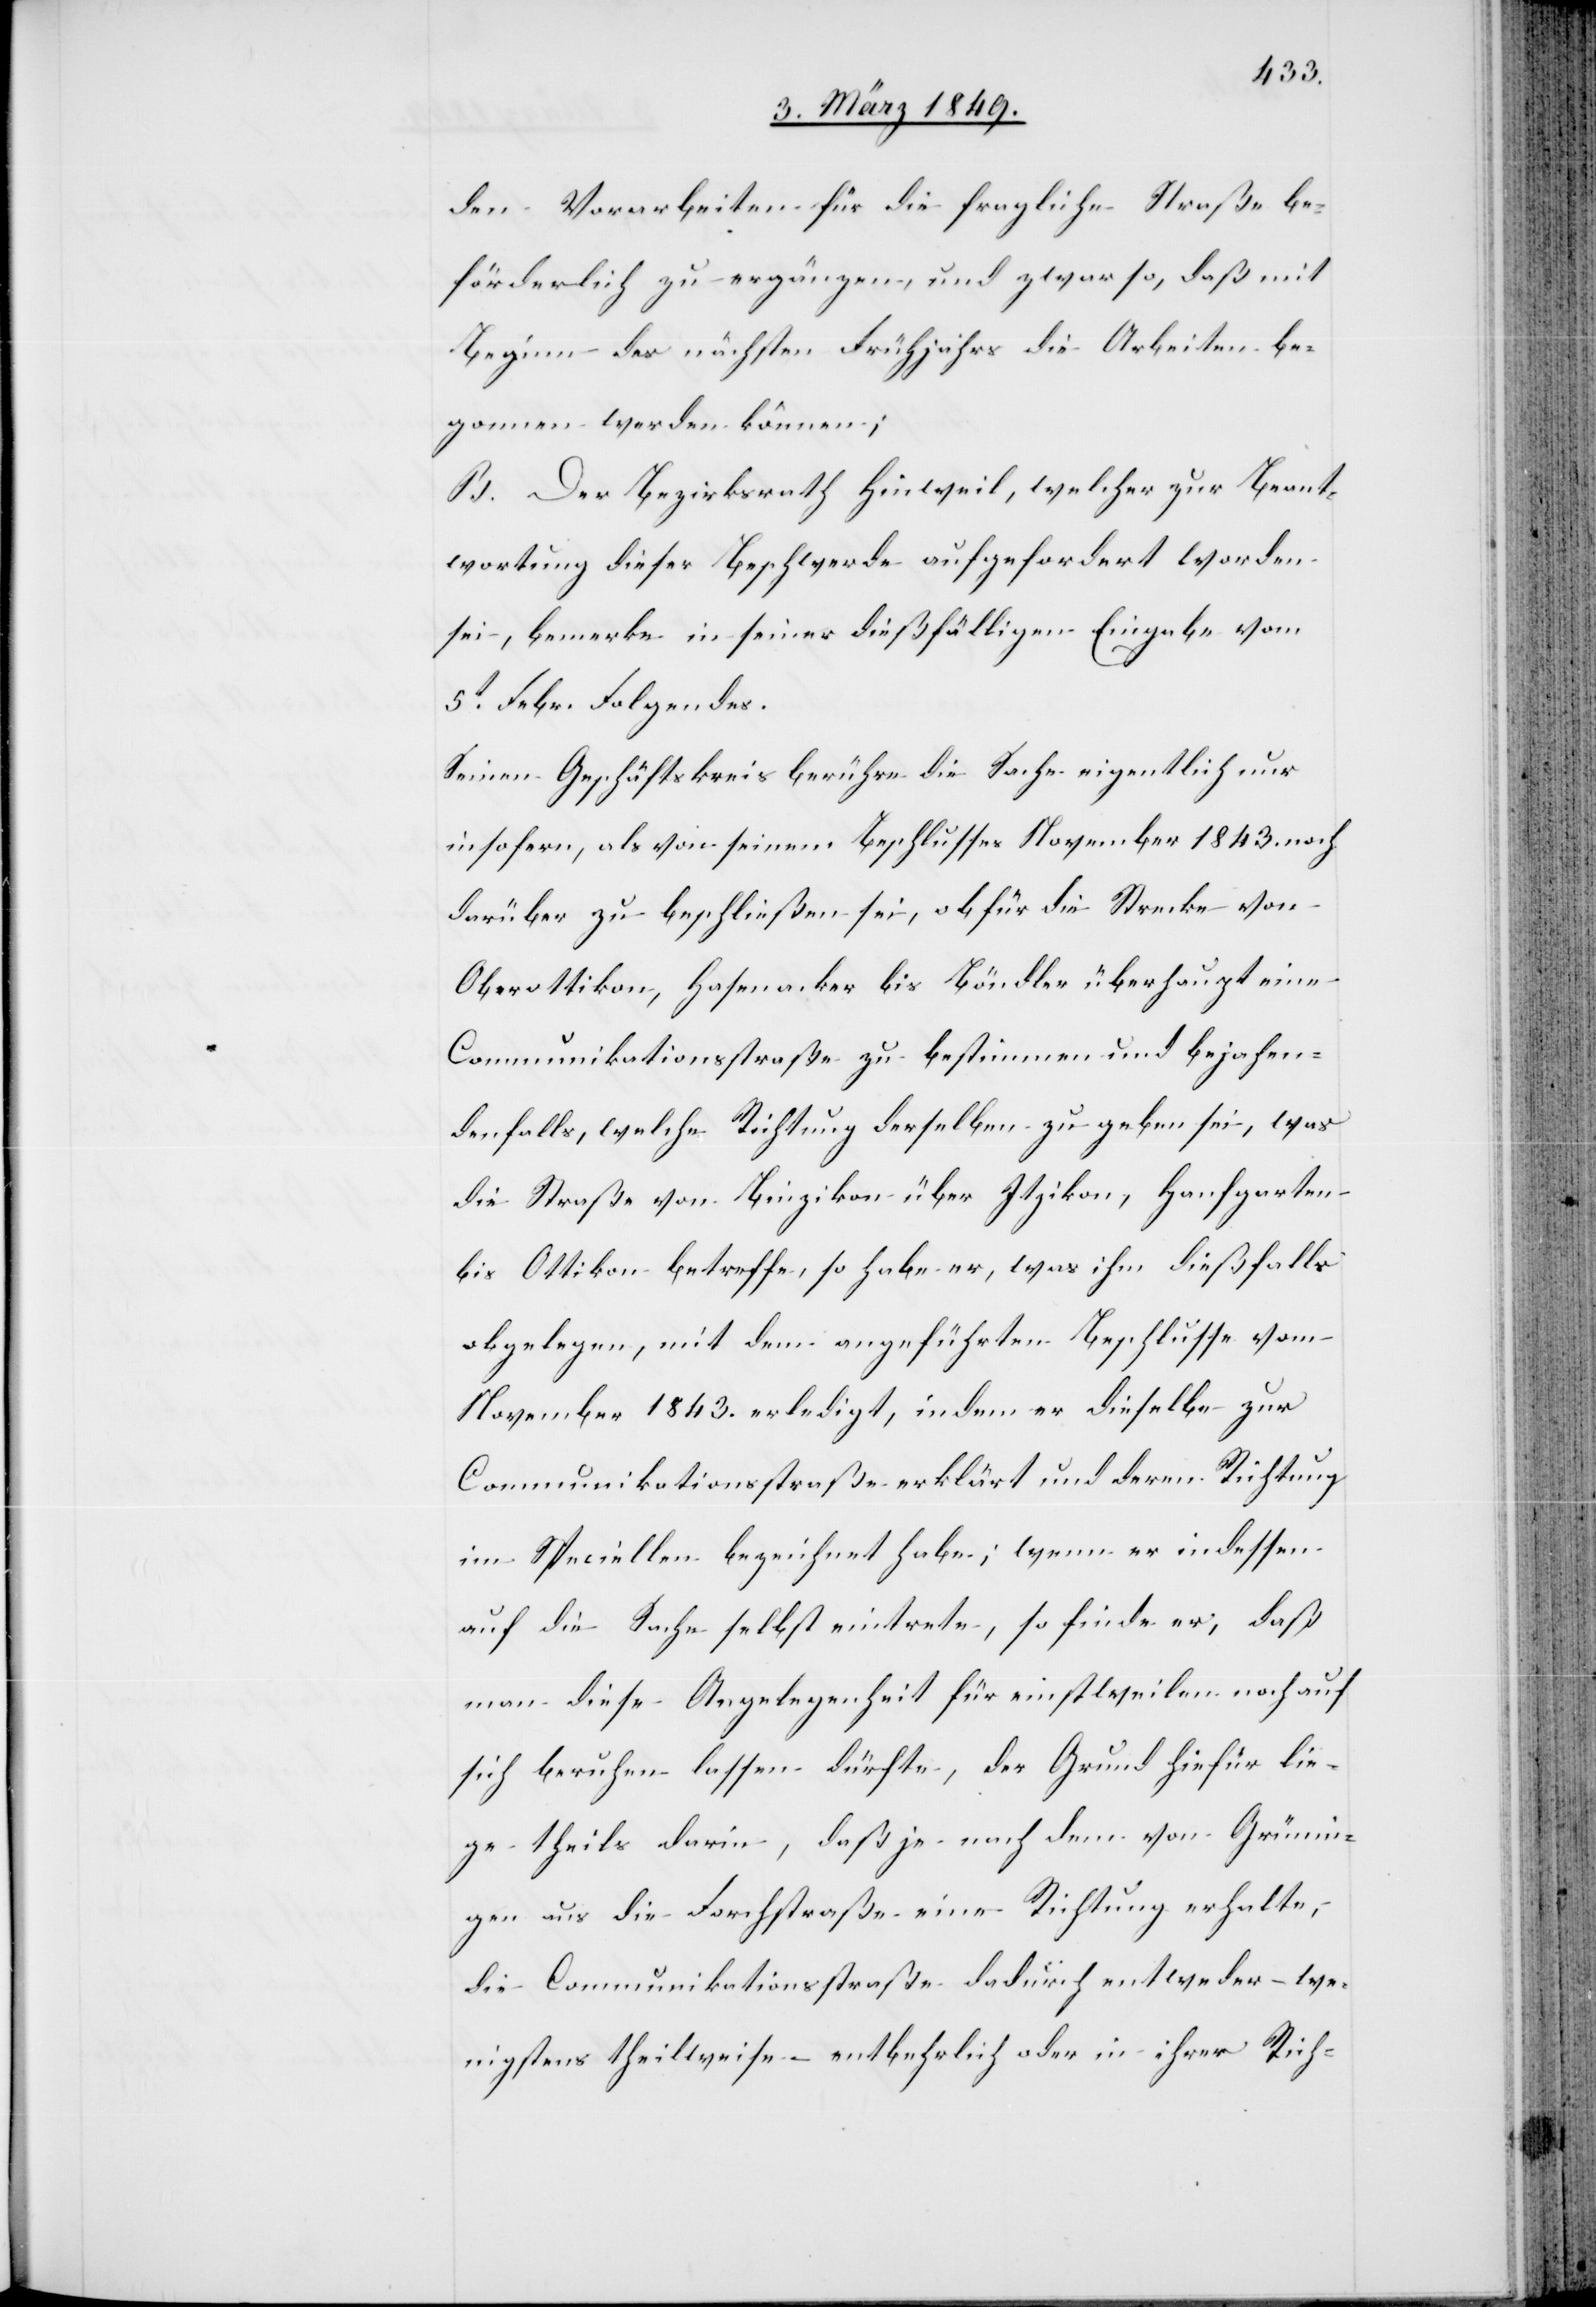
den Vorarbeiten für die fragliche Straße be¬
förderlich zu ergänzen, und zwar so, daß mit
Beginn des nächsten Frühjahrs die Arbeiten be¬
gonnen werden können;
B. Der Bezirksrath Hinweil, welcher zur Beant¬
wortung dieser Beschwerde aufgefordert worden
sei, bemerke in seiner dießfälligen Eingabe vom
5t. Febr. Folgendes.
Seinen Geschäftskreis berühre die Sache eigentlich nur
insofern, als von seinem Beschlusses [sic!] November 1843. noch
darüber zu beschließen sei, ob für die Strecke von
Oberottikon, Hasenacker bis Böndler überhaupt eine
Communikatiosstraße zu bestimmen und bejahen¬
denfalls, welche Richtung derselben zu geben sei, was
die Straße von Binzikon über Itzikon, Hanfgarten
bis Ottikon betreffe, so habe er, was ihm dießfalls
obgelegen, mit dem angeführten Beschlusse vom
November 1843. erledigt, in dem er dieselbe zur
Communikationsstraße erklärt und deren Richtung
im Speciellen bezeichnet habe; wenn er indessen
auf die Sache selbst eintrete, so finde er, daß
man diese Angelegenheit für einstweilen noch auf
sich beruhen lassen dürfte, der Grund hiefür lie¬
ge theils darin, daß je nach dem von Grünin¬
gen aus die Forchstraße eine Richtung erhalte,
die Communikationsstraße dadurch entweder – we¬
nigstens theilweise – entbehrlich oder in ihrer Rich-